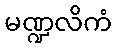
မဏ္ဍလိကံ